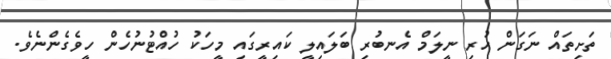
ތަށިތައް ނަގަން ހުރި ނީލަމް އެނބުރި ބަލައިލީ ކައިރީގައި މީހަކު ހުއްޓުނުހެން ހީވެގެންނެވެ.